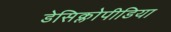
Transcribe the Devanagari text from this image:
डेसिक्लोपीडिया